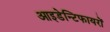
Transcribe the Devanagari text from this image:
आइडेन्टिफायरों